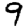
Digit: 9